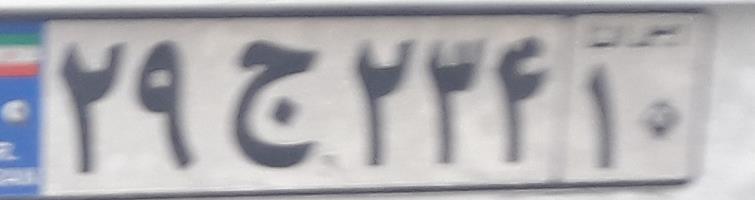
۲۹ج۲۳۴۱۰